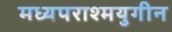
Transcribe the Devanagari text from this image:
मध्यपराश्मयुगीन